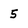
Character: 5